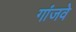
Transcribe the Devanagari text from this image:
गांजवे